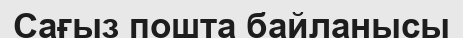
Сағыз пошта байланысы